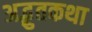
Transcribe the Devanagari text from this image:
अद्भुतकथा